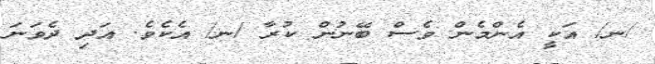
/ނ/ އަކީ އެންމެން ވެސް ބޭނުން ކުރާ /ނ/ އެކެވެ. އަދި ދެވަނަ